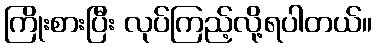
ကြိုးစားပြီး လုပ်ကြည့်လို့ရပါတယ်။